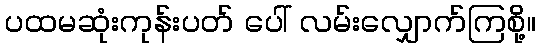
ပထမဆုံးကုန်းပတ် ပေါ် လမ်းလျှောက်ကြစို့။